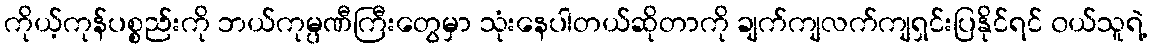
ကိုယ့်ကုန်ပစ္စည်းကို ဘယ်ကုမ္ပဏီကြီးတွေမှာ သုံးနေပါတယ်ဆိုတာကို ချက်ကျလက်ကျရှင်းပြနိုင်ရင် ၀ယ်သူရဲ့